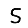
Digit: 5